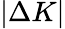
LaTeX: |\Delta K|